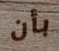
بأن